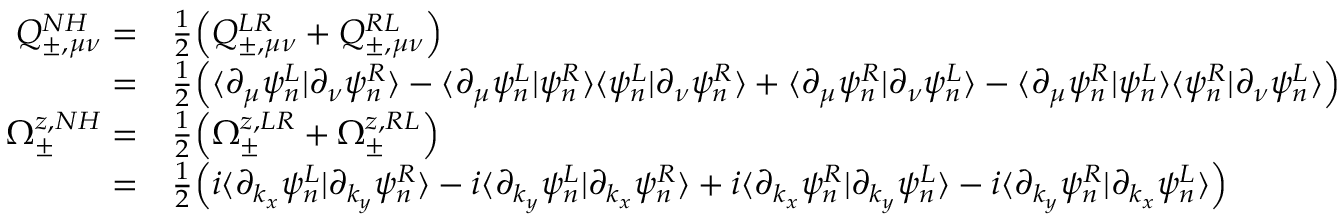
\begin{array} { r l } { Q _ { \pm , \mu \nu } ^ { N H } = } & { \frac { 1 } { 2 } \Big ( Q _ { \pm , \mu \nu } ^ { L R } + Q _ { \pm , \mu \nu } ^ { R L } \Big ) } \\ { = } & { \frac { 1 } { 2 } \Big ( \langle \partial _ { \mu } \psi _ { n } ^ { L } | \partial _ { \nu } \psi _ { n } ^ { R } \rangle - \langle \partial _ { \mu } \psi _ { n } ^ { L } | \psi _ { n } ^ { R } \rangle \langle \psi _ { n } ^ { L } | \partial _ { \nu } \psi _ { n } ^ { R } \rangle + \langle \partial _ { \mu } \psi _ { n } ^ { R } | \partial _ { \nu } \psi _ { n } ^ { L } \rangle - \langle \partial _ { \mu } \psi _ { n } ^ { R } | \psi _ { n } ^ { L } \rangle \langle \psi _ { n } ^ { R } | \partial _ { \nu } \psi _ { n } ^ { L } \rangle \Big ) } \\ { \Omega _ { \pm } ^ { z , N H } = } & { \frac { 1 } { 2 } \Big ( \Omega _ { \pm } ^ { z , L R } + \Omega _ { \pm } ^ { z , R L } \Big ) } \\ { = } & { \frac { 1 } { 2 } \Big ( i \langle \partial _ { k _ { x } } \psi _ { n } ^ { L } | \partial _ { k _ { y } } \psi _ { n } ^ { R } \rangle - i \langle \partial _ { k _ { y } } \psi _ { n } ^ { L } | \partial _ { k _ { x } } \psi _ { n } ^ { R } \rangle + i \langle \partial _ { k _ { x } } \psi _ { n } ^ { R } | \partial _ { k _ { y } } \psi _ { n } ^ { L } \rangle - i \langle \partial _ { k _ { y } } \psi _ { n } ^ { R } | \partial _ { k _ { x } } \psi _ { n } ^ { L } \rangle \Big ) } \end{array}